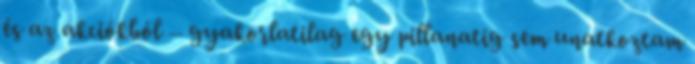
és az akciókból – gyakorlatilag egy pillanatig sem unatkoztam